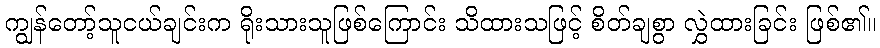
ကျွန်တော့်သူငယ်ချင်းက ရိုးသားသူဖြစ်ကြောင်း သိထားသဖြင့် စိတ်ချစွာ လွှဲထားခြင်း ဖြစ်၏။